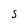
Character: S